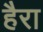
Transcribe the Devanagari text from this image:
हैरा